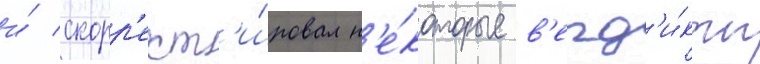
и́ скорр'ект'и́ровал н'е́которые в'ерд'и́кты